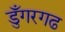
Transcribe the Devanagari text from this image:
डुँगरगढ